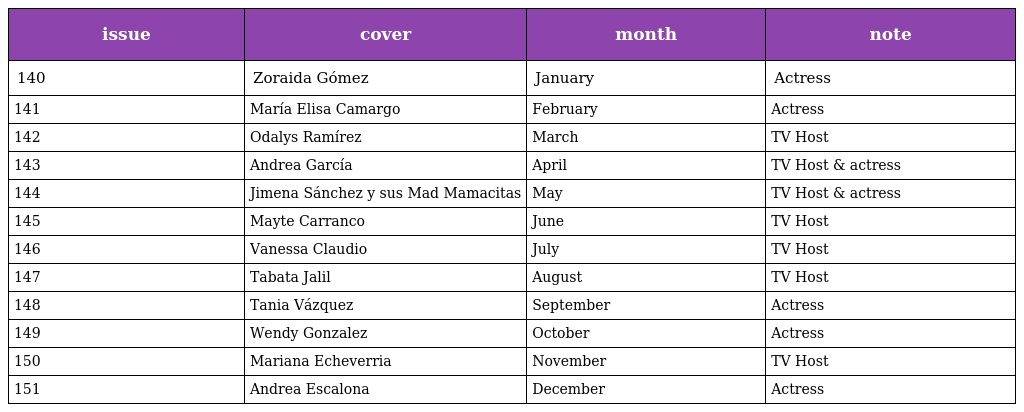
| issue | cover | month | note |
 | --- | --- | --- | --- |
 | 140 | Zoraida Gómez | January | Actress |
 | 141 | María Elisa Camargo | February | Actress |
 | 142 | Odalys Ramírez | March | TV Host |
 | 143 | Andrea García | April | TV Host & actress |
 | 144 | Jimena Sánchez y sus Mad Mamacitas | May | TV Host & actress |
 | 145 | Mayte Carranco | June | TV Host |
 | 146 | Vanessa Claudio | July | TV Host |
 | 147 | Tabata Jalil | August | TV Host |
 | 148 | Tania Vázquez | September | Actress |
 | 149 | Wendy Gonzalez | October | Actress |
 | 150 | Mariana Echeverria | November | TV Host |
 | 151 | Andrea Escalona | December | Actress |